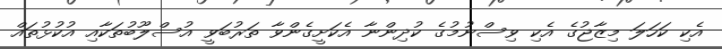
އެކި ކަހަލަ މިޒާޖުގެ އެކި ވިސްނުމުގެ ކުދިންނާ އެކަށީގެންވާ ތަރުބަވީ އުސްލޫބުތަކާއި އުކުޅުތައް